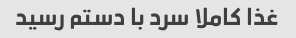
غذا کاملا سرد با دستم رسید